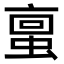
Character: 𫢀